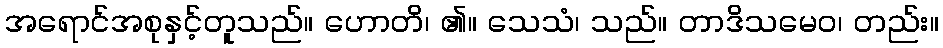
အရောင်အစုနှင့်တူသည်။ ဟောတိ၊ ၏။ သေသံ၊ သည်။ တာဒိသမေဝ၊ တည်း။